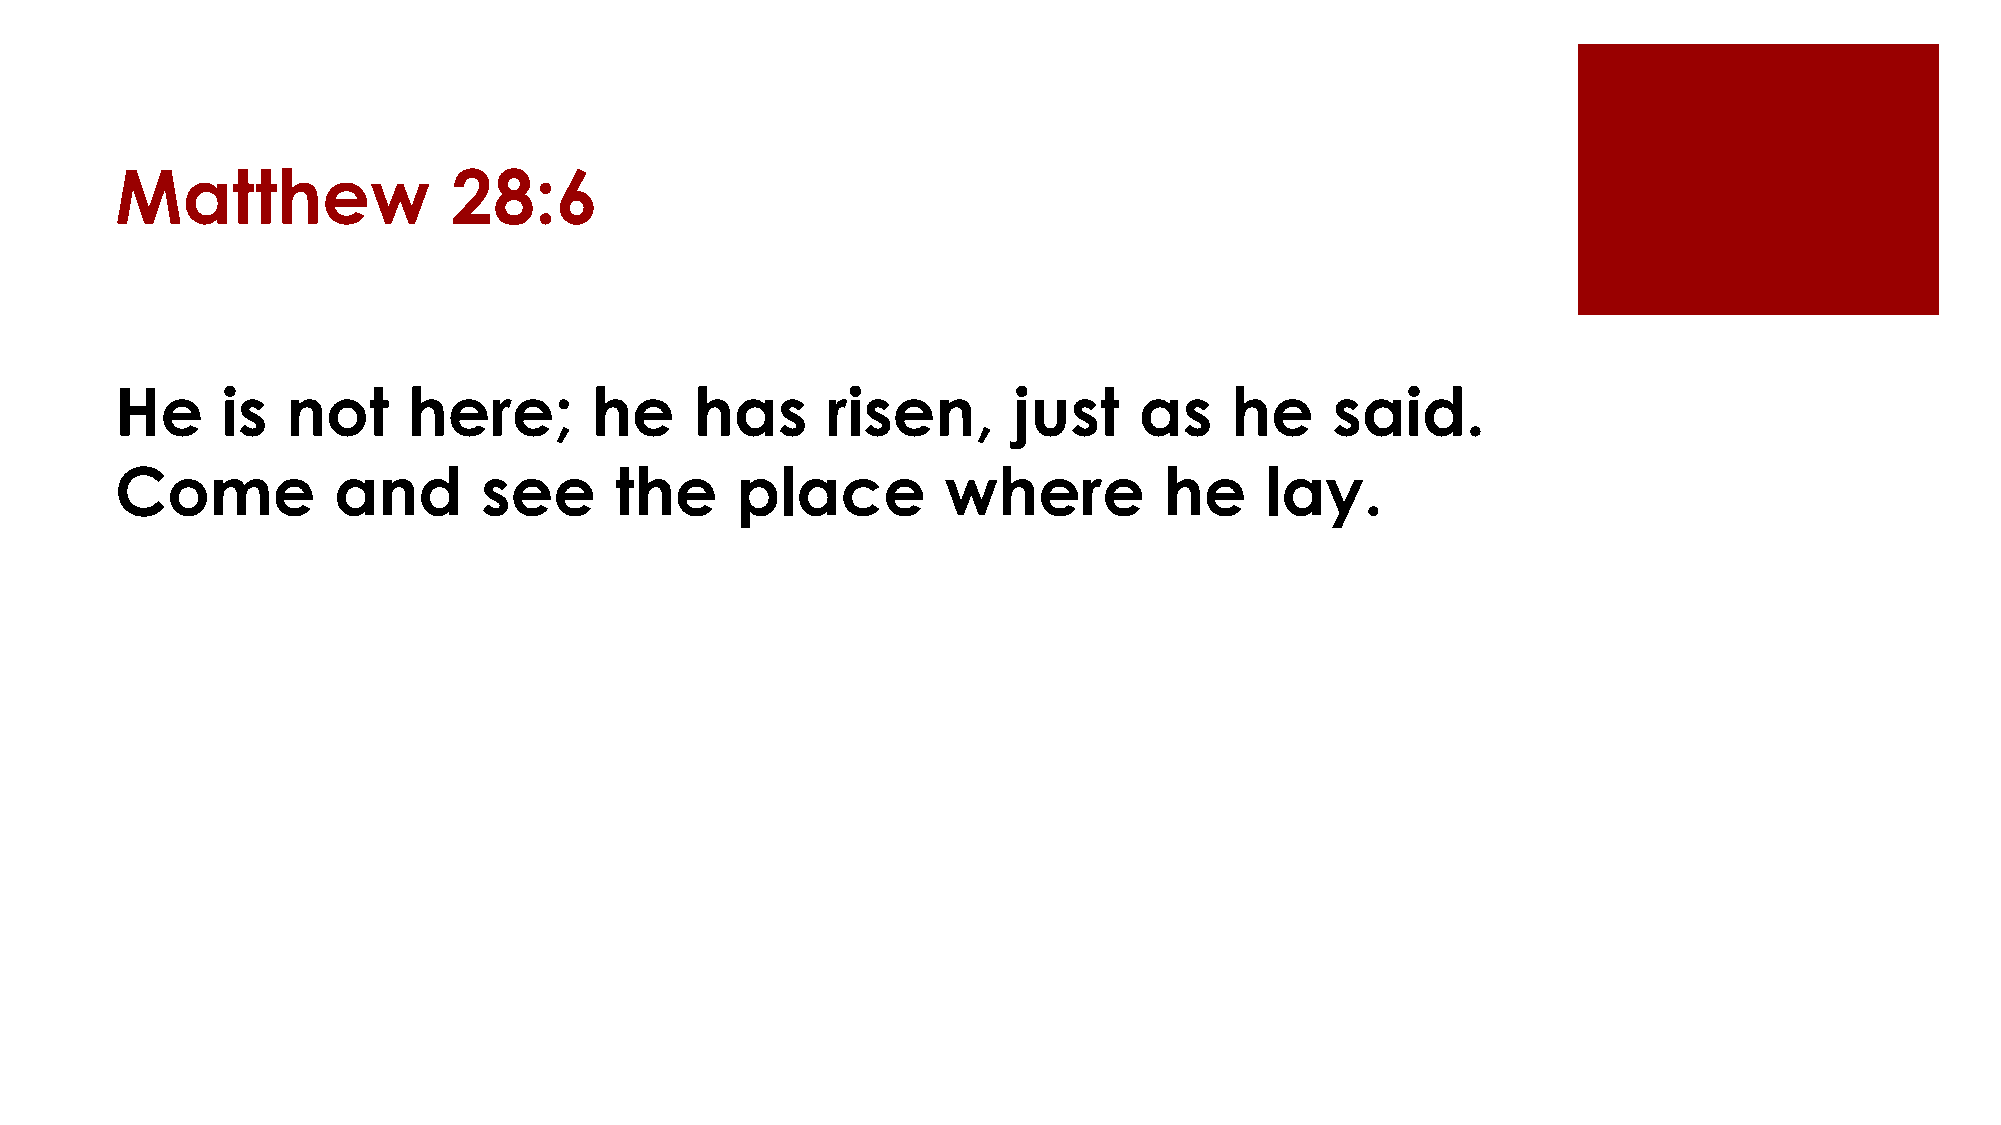
Matthew               28:6
 He     is  not     here;       he     has      risen,      just    as    he     said.
 Come          and       see      the     place         where         he     lay.